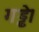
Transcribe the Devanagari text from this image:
गड्ढे।